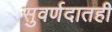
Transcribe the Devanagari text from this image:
सुवर्णदातही